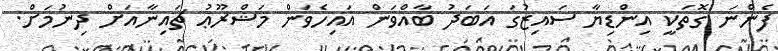
ފެންނަ ގޮތަކީ އިންޑިޔާ ސައިޒުގަ އަބަދު ބާއްވަން އައިހެވަން މަޝްރޫޢު ޗައިނާއަށް ދިނުމަށް.